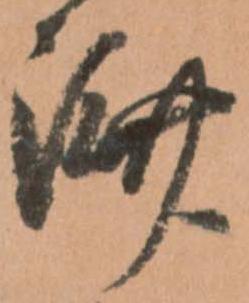
濟